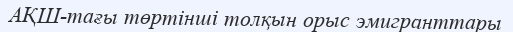
АҚШ-тағы төртінші толқын орыс эмигранттары